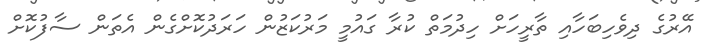
އޭރުގެ ދިވެހިބަހާއި ތާރީހަށް ހިދުމަތް ކުރާ ގައުމީ މަރުކަޒުން ހަރަދުކޮށްގެން އެތަން ސާފުކޮށް